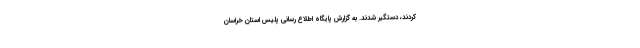
کردند، دستگیر شدند. به گزارش پایگاه اطلاع رسانی پلیس استان خراسان